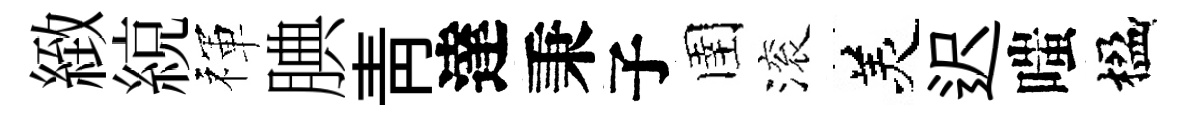
緻綂禈腆青達秉子圉滚羙迟嗤楹